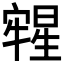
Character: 𣋀